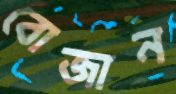
বোজান